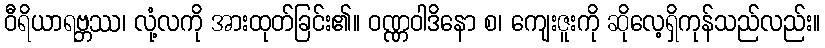
ဝီရိယာရဗ္ဘဿ၊ လုံ့လကို အားထုတ်ခြင်း၏။ ဝဏ္ဏဝါဒိနော စ၊ ကျေးဇူးကို ဆိုလေ့ရှိကုန်သည်လည်း။